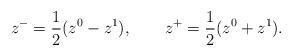
LaTeX: \begin{align*}z^- = \frac{1}{2} (z^0 - z^1), \qquad z^+ = \frac{1}{2} (z^0 + z^1).\end{align*}